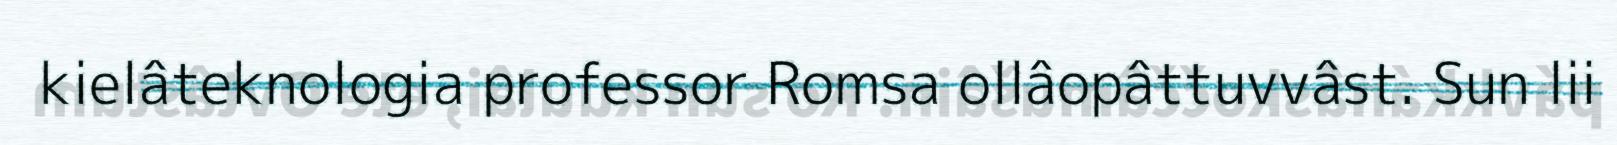
kielâteknologia professor Romsa ollâopâttuvvâst. Sun lii